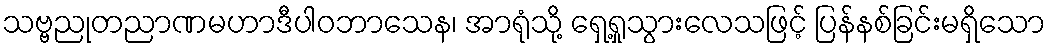
သဗ္ဗညုတညာဏမဟာဒီပါဝဘာသေန၊ အာရုံသို့ ရှေ့ရှုသွားလေသဖြင့် ပြန်နစ်ခြင်းမရှိသော